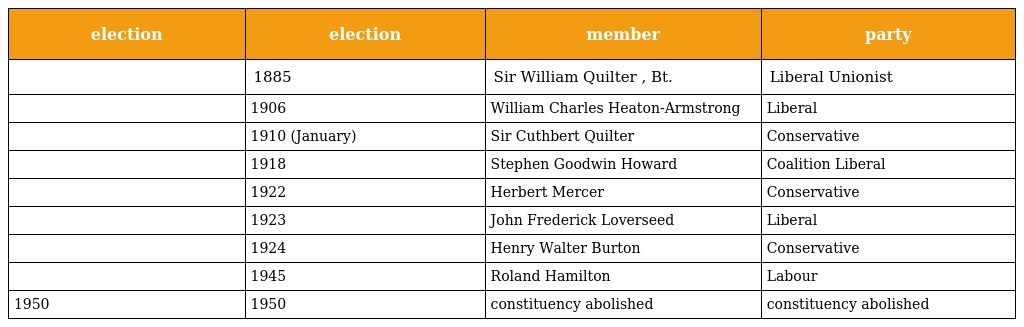
| election | election | member | party |
 | --- | --- | --- | --- |
 |  | 1885 | Sir William Quilter , Bt. | Liberal Unionist |
 |  | 1906 | William Charles Heaton-Armstrong | Liberal |
 |  | 1910 (January) | Sir Cuthbert Quilter | Conservative |
 |  | 1918 | Stephen Goodwin Howard | Coalition Liberal |
 |  | 1922 | Herbert Mercer | Conservative |
 |  | 1923 | John Frederick Loverseed | Liberal |
 |  | 1924 | Henry Walter Burton | Conservative |
 |  | 1945 | Roland Hamilton | Labour |
 | 1950 | 1950 | constituency abolished | constituency abolished |